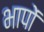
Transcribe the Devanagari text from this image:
भापों